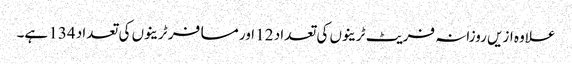
علاوہ ازیں روزانہ فریٹ ٹرینوں کی تعداد 12 اور مسافر ٹرینوں کی تعداد 134 ہے۔